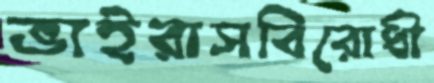
ভাইরাসবিরোধী